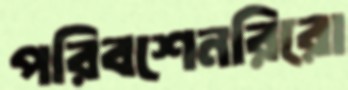
পরিবশেনরিরো